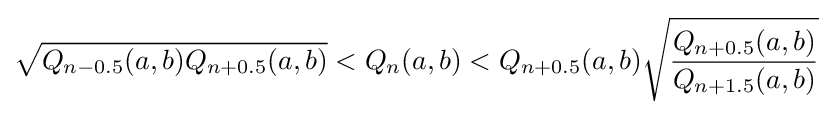
{\sqrt {Q_{n-0.5}(a,b)Q_{n+0.5}(a,b)}}<Q_{n}(a,b)<Q_{n+0.5}(a,b){\sqrt {\frac {Q_{n+0.5}(a,b)}{Q_{n+1.5}(a,b)}}}